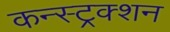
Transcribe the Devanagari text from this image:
कन्स्ट्रक्‍शन